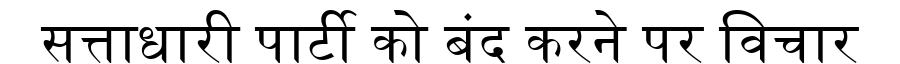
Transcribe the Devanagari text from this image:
सत्ताधारी पार्टी को बंद करने पर विचार